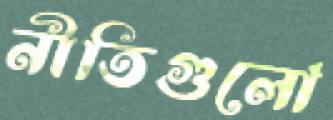
নীতিগুলো